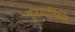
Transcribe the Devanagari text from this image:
भुजगपतिहारी